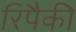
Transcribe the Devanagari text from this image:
रिपैकी